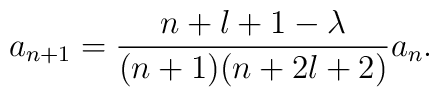
a_{n+1}=\frac{n+l+1-\lambda}{(n+1)(n+2l+2)}a_n.